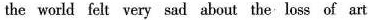
the world felt very sad about the loss of art